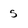
Character: 5